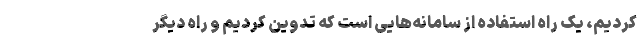
کردیم، یک راه استفاده از سامانه‌هایی است که تدوین کردیم و راه دیگر